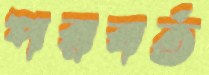
পরবর্ত